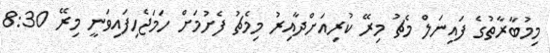
މިމުބާރާތުގެ ފައިނަލް މެޗު މިރޭ ކުރިއަށްދާއިރު މިމެޗު ފެށުމަށް ހަމަޖެހިފައިވަނީ މިރޭ 8:30